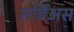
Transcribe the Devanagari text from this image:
सर्बिअस